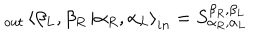
_ { o u t } \left\langle \beta _ { L } , \beta _ { R } \right. \left| \alpha _ { R } , \alpha _ { L } \right\rangle _ { i n } = S _ { \alpha _ { R } , \alpha _ { L } } ^ { \beta _ { R } , \beta _ { L } }